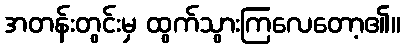
အတန်းတွင်းမှ ထွက်သွားကြလေတော့၏။